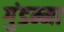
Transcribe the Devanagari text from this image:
गुंडम्मा